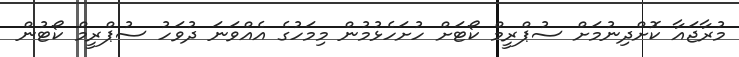
މުރާޖައާ ކޮށްދިނުމަށް ސުޕްރީމް ކޯޓަށް ހުށަހެޅުމުން މިމަހުގެ އެއްވަނަ ދުވަހު ސުޕްރީމް ކޯޓުން